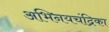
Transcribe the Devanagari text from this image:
अभिनयचंद्रिका